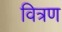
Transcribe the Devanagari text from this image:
वित्रण